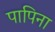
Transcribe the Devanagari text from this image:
पापिना